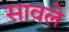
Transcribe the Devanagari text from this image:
सावले